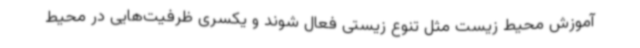
آموزش محیط زیست مثل تنوع زیستی فعال شوند و یکسری ظرفیت‌هایی در محیط